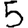
Digit: 5